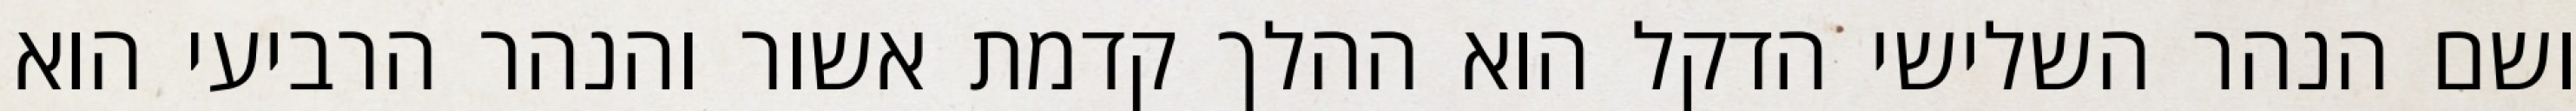
ושם הנהר השלישי הדקל הוא ההלך קדמת אשור והנהר הרביעי הוא